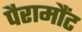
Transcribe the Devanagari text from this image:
पैरामौंट